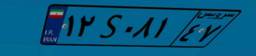
۱۳S۵۰۷۳۷